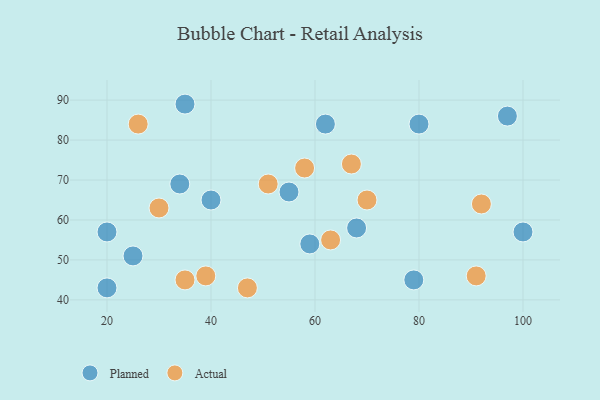
{"axis": {"x": "GDP", "y": "Life Expectancy"}, "legend": ["Actual", "Planned"], "data": [{"x": "35", "y": 89, "type": "Planned"}, {"x": "100", "y": 57, "type": "Planned"}, {"x": "62", "y": 84, "type": "Planned"}, {"x": "40", "y": 65, "type": "Planned"}, {"x": "25", "y": 51, "type": "Planned"}, {"x": "80", "y": 84, "type": "Planned"}, {"x": "55", "y": 67, "type": "Planned"}, {"x": "68", "y": 58, "type": "Planned"}, {"x": "59", "y": 54, "type": "Planned"}, {"x": "20", "y": 43, "type": "Planned"}, {"x": "97", "y": 86, "type": "Planned"}, {"x": "79", "y": 45, "type": "Planned"}, {"x": "20", "y": 57, "type": "Planned"}, {"x": "34", "y": 69, "type": "Planned"}, {"x": "67", "y": 74, "type": "Actual"}, {"x": "35", "y": 45, "type": "Actual"}, {"x": "58", "y": 73, "type": "Actual"}, {"x": "63", "y": 55, "type": "Actual"}, {"x": "47", "y": 43, "type": "Actual"}, {"x": "92", "y": 64, "type": "Actual"}, {"x": "51", "y": 69, "type": "Actual"}, {"x": "26", "y": 84, "type": "Actual"}, {"x": "70", "y": 65, "type": "Actual"}, {"x": "39", "y": 46, "type": "Actual"}, {"x": "30", "y": 63, "type": "Actual"}, {"x": "91", "y": 46, "type": "Actual"}]}